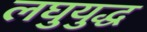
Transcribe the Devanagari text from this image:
लघुयुद्ध